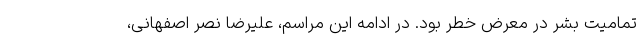
تمامیت بشر در معرض خطر بود. در ادامه این مراسم، علیرضا نصر اصفهانی،